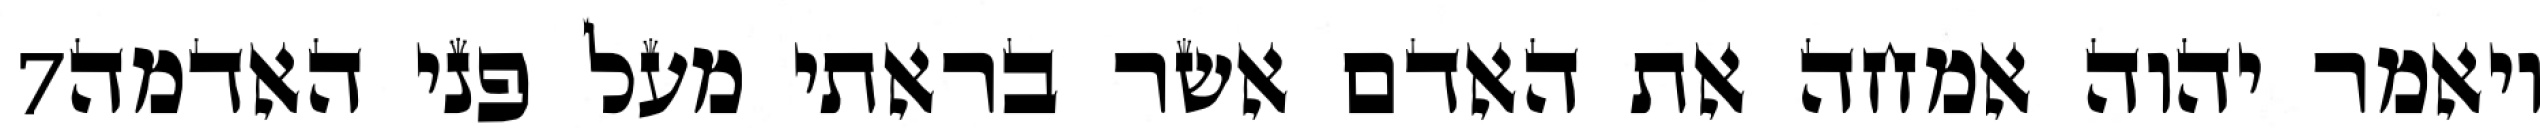
‎7‏ ויאמר יהוה אמחה את האדם אשר בראתי מעל פני האדמה